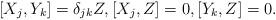
LaTeX: \begin{align*}[X_j,Y_k]=\delta_{jk}Z, [X_j,Z]=0, [Y_k,Z]=0.\end{align*}